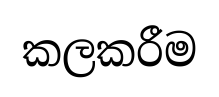
කලකරීම